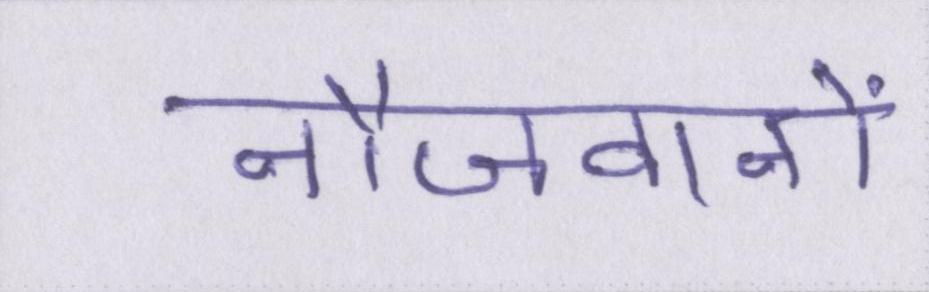
नौजवानों